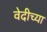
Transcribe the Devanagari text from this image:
वेदीच्या